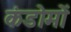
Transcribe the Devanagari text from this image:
कंडोमों